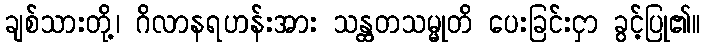
ချစ်သားတို့၊ ဂိလာနရဟန်းအား သန္ထတသမ္မုတိ ပေးခြင်းငှာ ခွင့်ပြု၏။